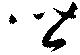
皆